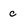
Character: c